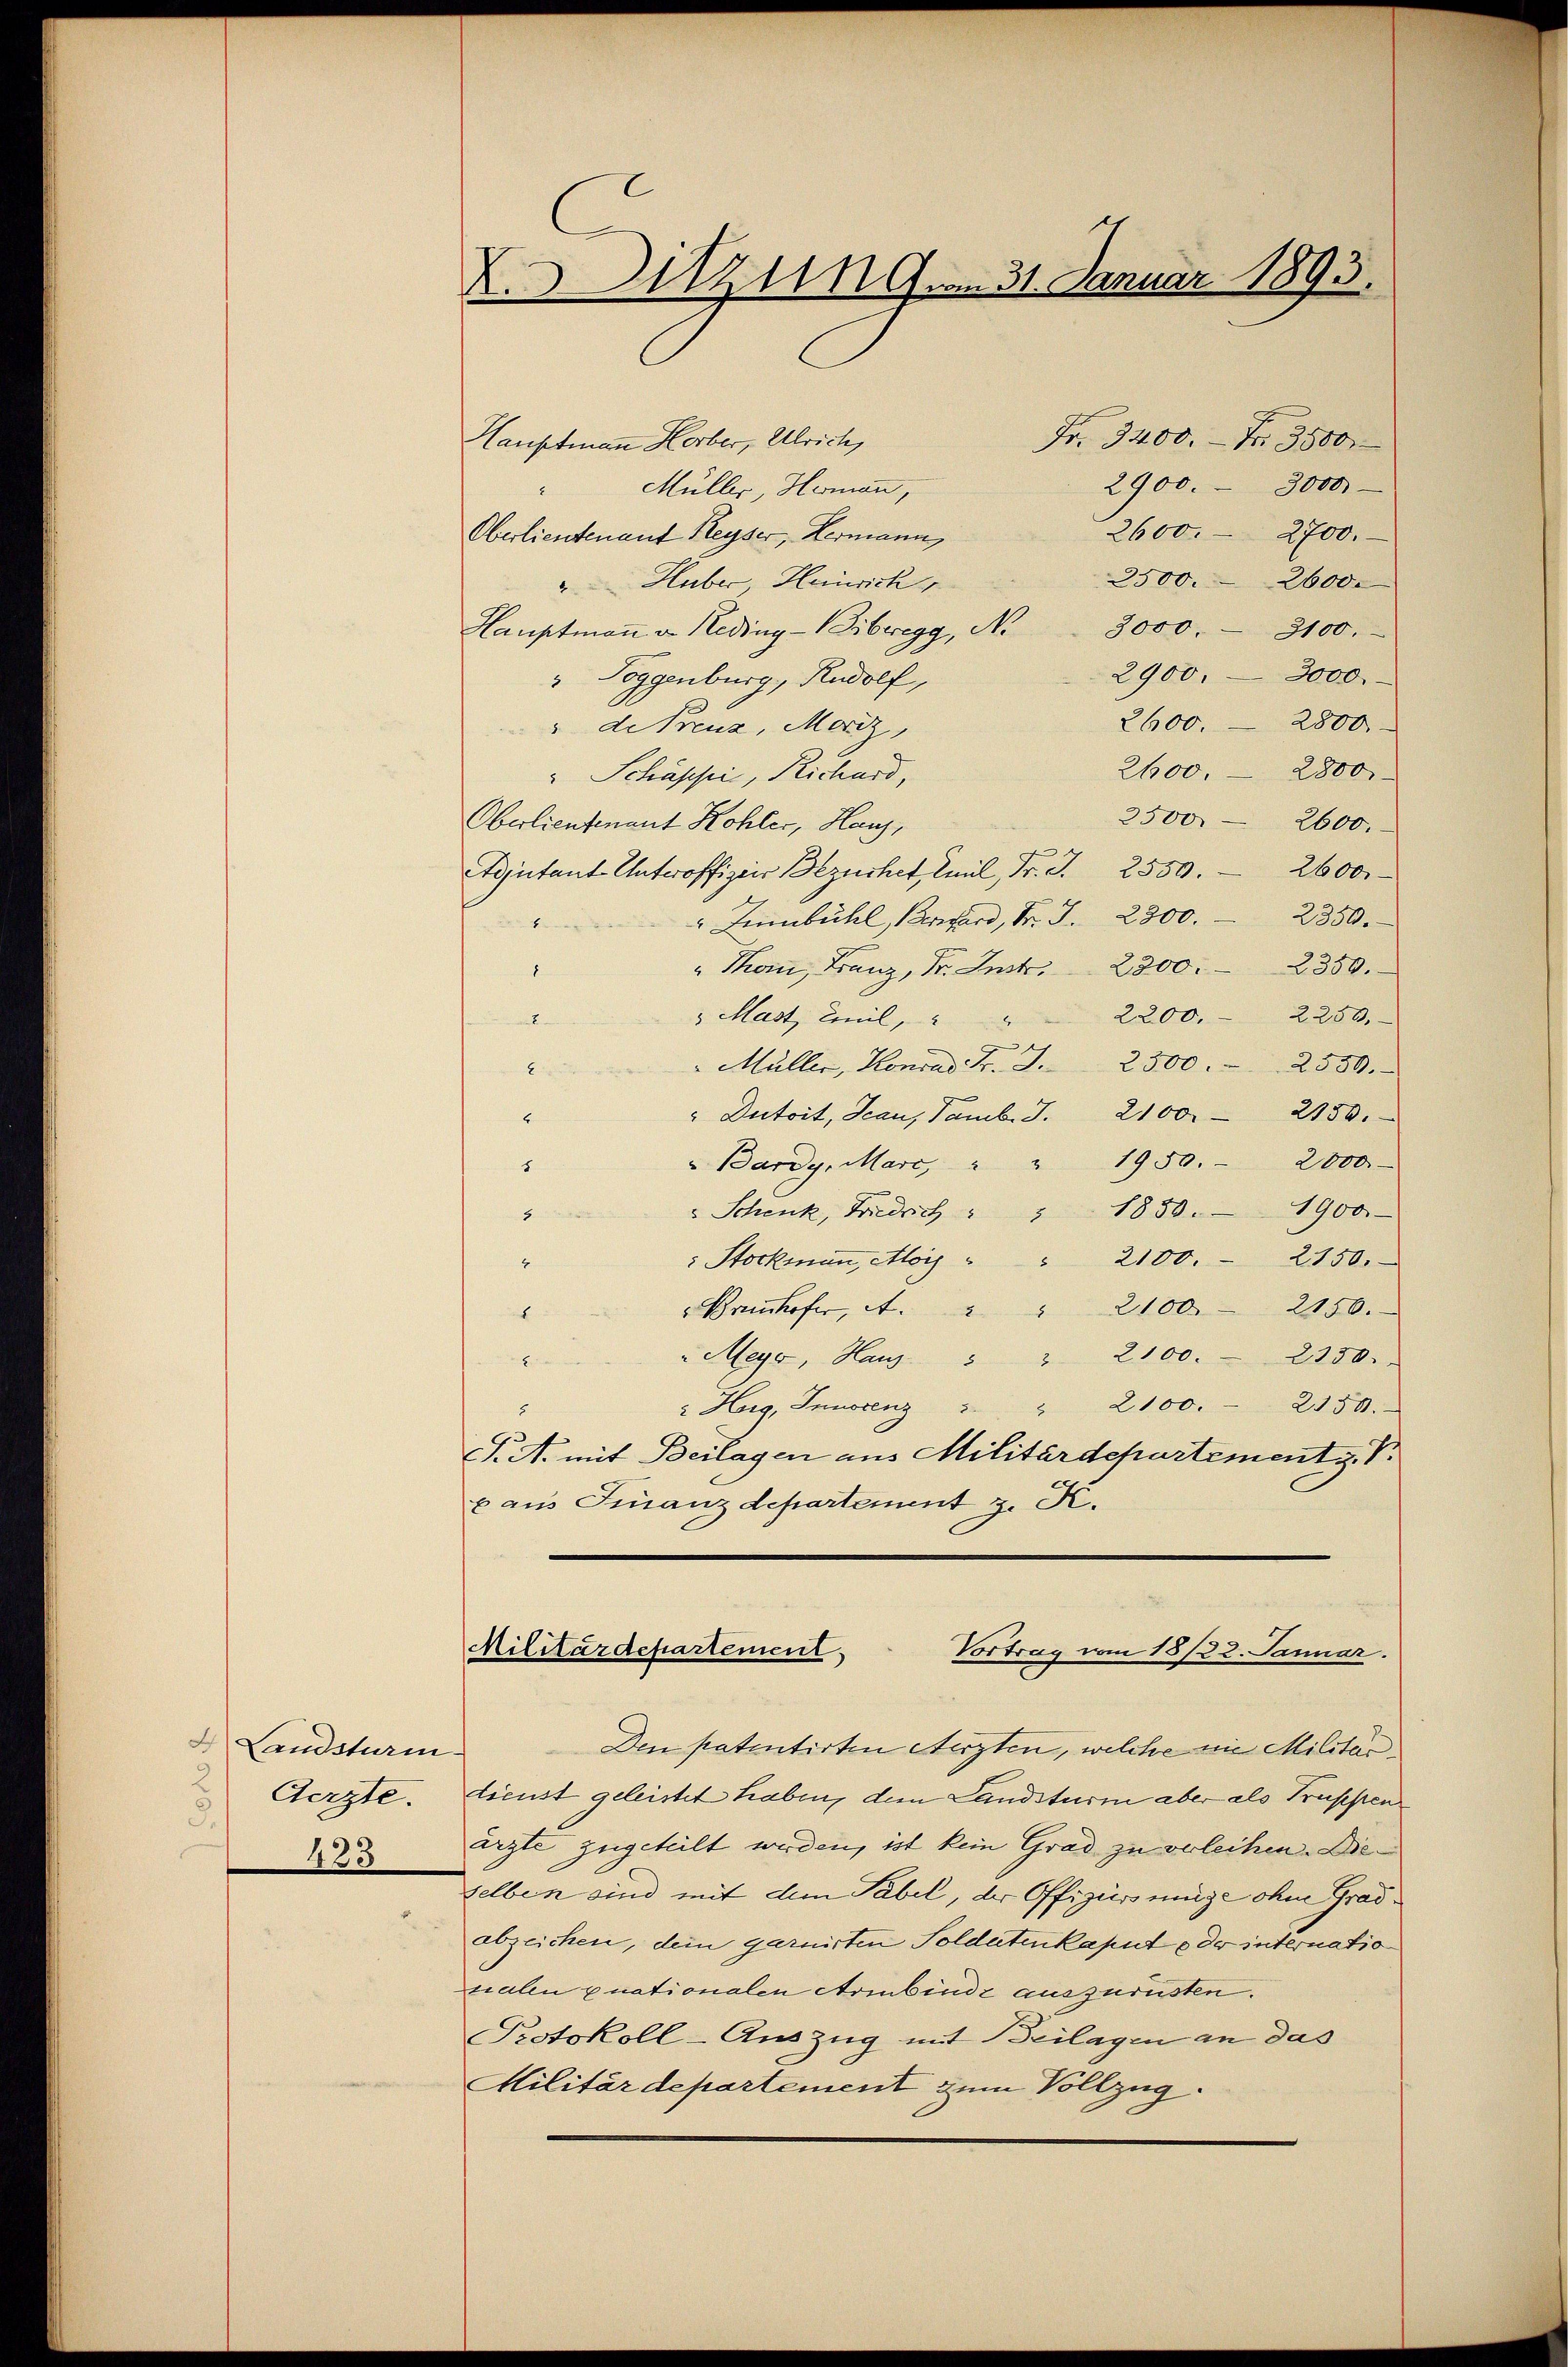
Landsturm
Aerzte.
5.
433

Z 49. 31. Januar 1893.

Fr. 3400. Fr. 3500
Hauptmann Horber, Ulrich,
2900. 3000.
Müller Hermann,
2600. 2700.
Oberlieutenauf Reyser, Hermann,
2500. 2600.
"Huber, Heinrich
Hauptmaṅ u. Heding-Bibregg, No 3000. 3100.
2900. 3000.
" Toggenburg, Rudolf,
2600. - 2800
" dekreuz, Merz,
2600. 2800.
" Schäppi, Richard,
2500. 2600.
Oberlieutenant Kohler, Haus,
Adjutant Unteroffizir Bezüchet, Emil Fr. J. 2550. 26000
" Innbühl, Bernhard, Fr. J. 2300. 2850.
E
2350.
"Thon, Franz, Dr. Instr. 2300.
8
2200. 2250.
 Mast, weil,
2
Müller, Konrad Fr. S. 2300     2550.
A
" Dutoit, Scau, Tamb. J. 2100. 2150.
E
Bardy, Marc, " " 1950. 2000
8
" Schenk, Friedrich " " 1850. 1900
3
: Stockmann, Alois " " 2100. 2150.
4
rhofer, A. " " 2100. 2150.
2
"Mey, Haus " " 2100. 2150.
2
 Hurg, Innerenz " " 2100. 2150.
T. A. mit Beilagen aus Militärdepartement z. B.
x aus Finanzdepartement z. K.

Vortrag vom 18/22. Januar.
Militärdepartement

Den patentirten Aerzten, welche nie Militär
dienst geleistet haben, dem Landsturm aber als Trüssten
ärzte zugeteilt werden, ist kein Grad zu verleihen. Dieselben sind mit dem Tabel, der Offizierung ohne Gradabzeichen, dem garnisten Soldatenkaput oder internatio
tialen gnationalen Armnbinde auszurüsten.
Protokoll-Auszug mit Beilagen an das
Militärdepartement zum Vollzug.